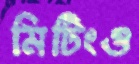
মিটিংও